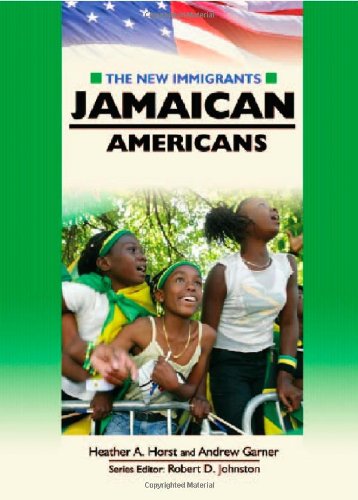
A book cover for Jamaican Americans (The New Immigrants); Heather A. Horst; Children's Books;